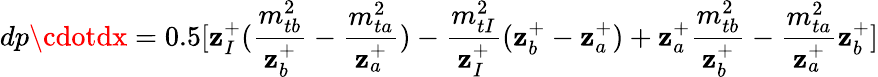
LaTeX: dp\cdotdx=0.5[\mathbf{z}_{I}^{+}(\frac{{m_{tb}^{2}}}{{\mathbf{z}_{b}^{+}}}-\frac{{m_{ta}^{2}}}{{\mathbf{z}_{a}^{+}}})-\frac{{m_{tI}^{2}}}{{\mathbf{z}_{I}^{+}}}(\mathbf{z}_{b}^{+}-\mathbf{z}_{a}^{+})+\mathbf{z}_{a}^{+}\frac{{m_{tb}^{2}}}{{\mathbf{z}_{b}^{+}}}-\frac{{m_{ta}^{2}}}{{\mathbf{z}_{a}^{+}}}\mathbf{z}_{b}^{+}]